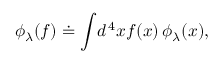
\phi _ { \lambda } ( f ) \doteq \int \! d ^ { \, 4 } x f ( x ) \, \phi _ { \lambda } ( x ) ,